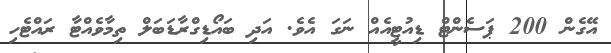
އޭގެން 200 ޕަސެންޓް ޑިއުޓީއެއް ނަގަ އެވެ. އަދި ބައޯޑިގްރާޑަބަލް ތިމާވެއްޓާ ރައްޓެހި